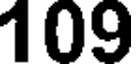
109